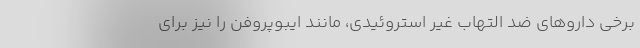
برخی داروهای ضد التهاب غیر استروئیدی، مانند ایبوپروفن را نیز برای